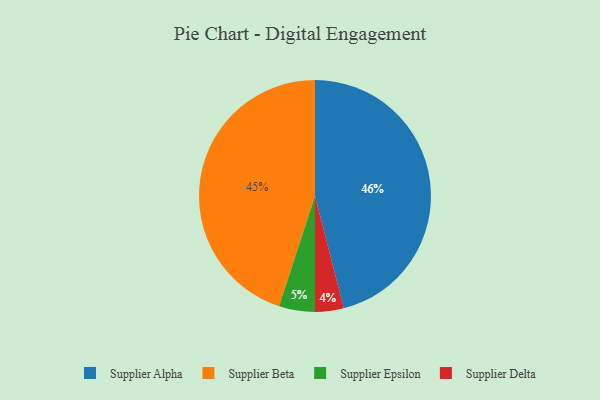
{"axis": {"x": "Category", "y": "Percentage"}, "legend": ["Supplier Alpha", "Supplier Beta", "Supplier Delta", "Supplier Epsilon"], "data": [{"x": "Supplier Beta", "y": 45, "type": "Supplier Beta"}, {"x": "Supplier Alpha", "y": 46, "type": "Supplier Alpha"}, {"x": "Supplier Delta", "y": 4, "type": "Supplier Delta"}, {"x": "Supplier Epsilon", "y": 5, "type": "Supplier Epsilon"}]}